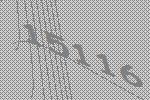
15116